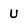
Character: U